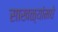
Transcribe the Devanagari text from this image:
साखळ्यांमधे